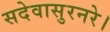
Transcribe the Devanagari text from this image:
सदेवासुरनरे।